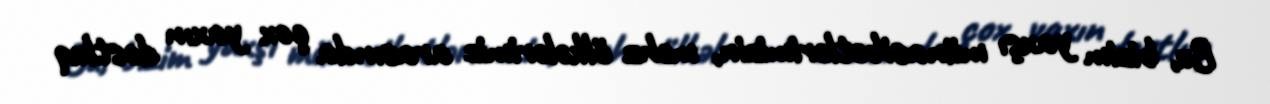
Bu, bizim yaxşı münasibətlərimizin, məhz ölkələrimiz arasında çox yaxın dostluq